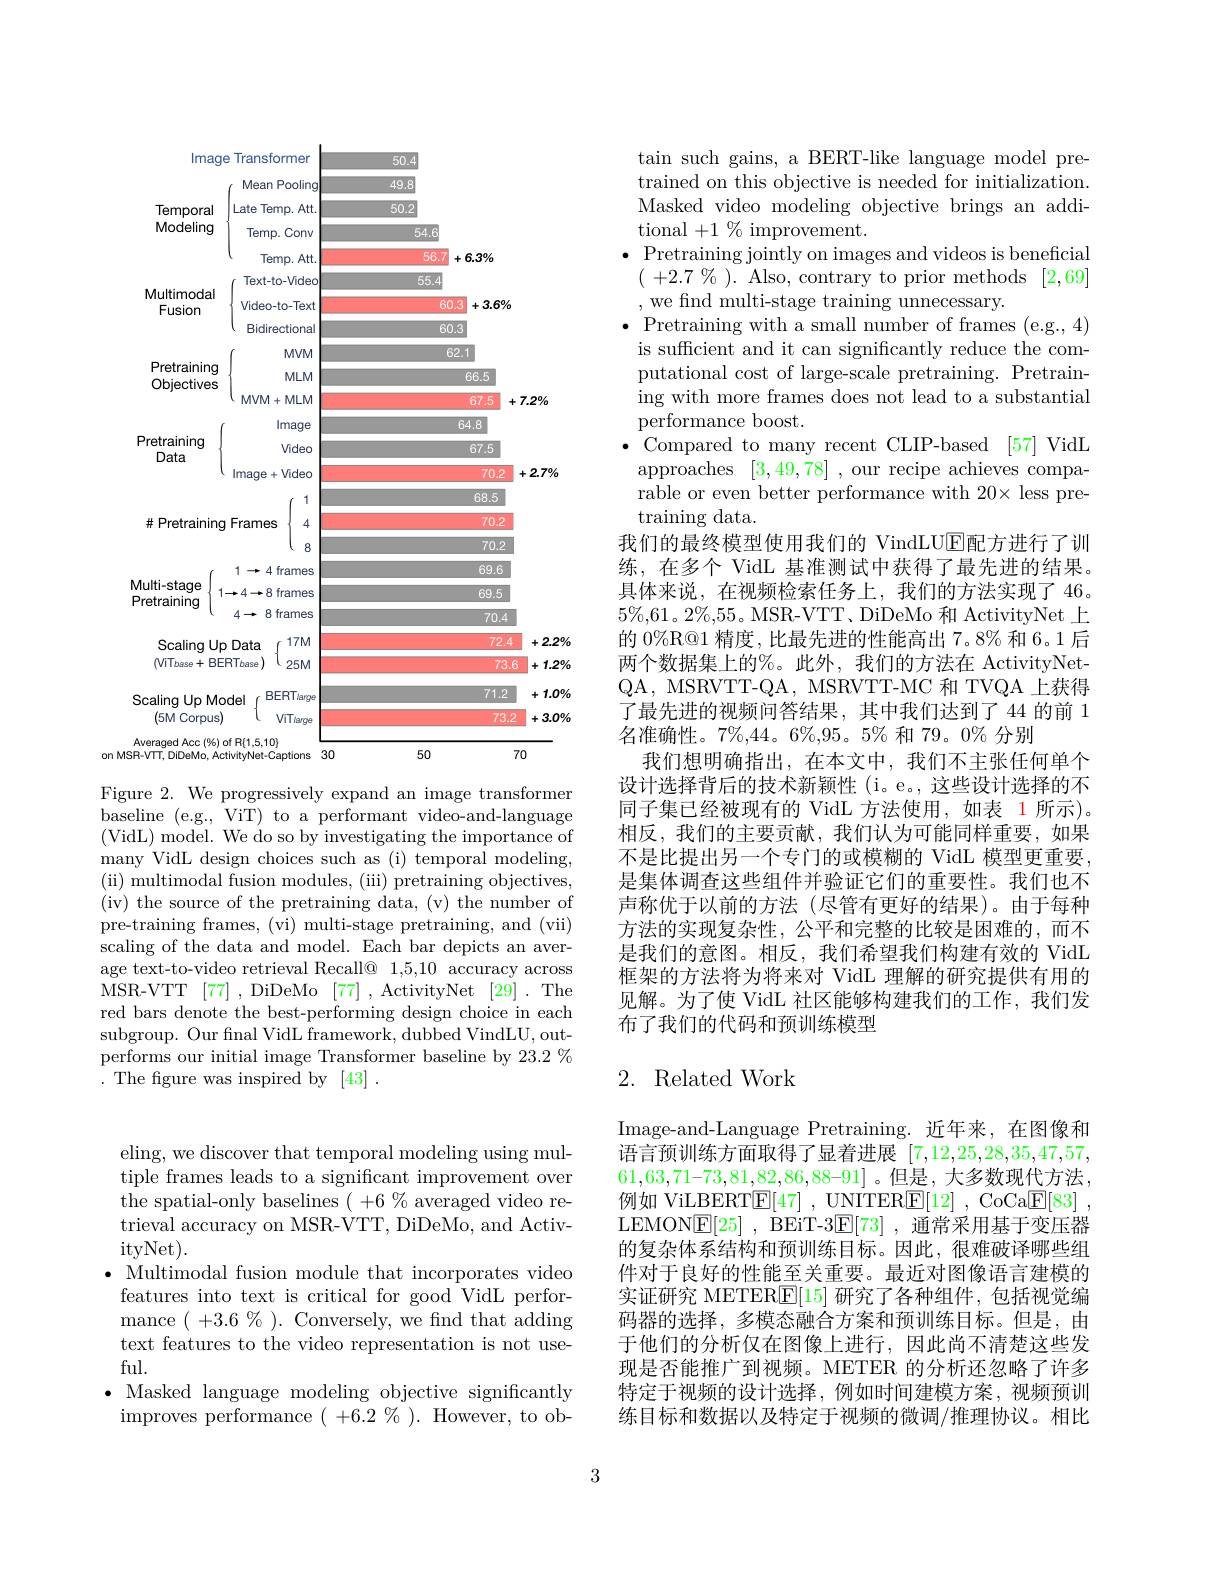
<table>
	<tbody>
		<tr>
			<th colspan="2">lmage e Transformer</th>
			<th>50.4</th>
			<th> </th>
			<th> </th>
		</tr>
		<tr>
			<td>lmag Temporal Modeling Multimodal Fusion</td>
			<td>ranstormer Mean Pooling Late Temp. Att Temp. Conv Temp. Att. Text-to-Video Video-to-Text</td>
			<td>50.4 49.8 50.2 54.6 56.7 55.4 60.</td>
			<td>$6.3\%$ $+3.6\%$</td>
			<td> </td>
		</tr>
		<tr>
			<th rowspan="2">lmag Temporal Modeling</th>
			<th>Mean Pooling</th>
			<th>49.8</th>
			<th> </th>
			<th> </th>
		</tr>
		<tr>
			<th rowspan="3">Temporal Modeling</th>
			<th>Late ${\mathrm{e~Temp.~Att.}}$</th>
			<th>50.2</th>
			<th> </th>
			<th> </th>
		</tr>
		<tr>
			<th>Temp. Conv</th>
			<th>54.6</th>
			<th> </th>
			<th> </th>
		</tr>
		<tr>
			<th>Temp. Att.</th>
			<th>56.7</th>
			<th>$6.3\%$</th>
			<th> </th>
		</tr>
		<tr>
			<th>Text-to-Video</th>
			<th>55.4</th>
			<th> </th>
			<th> </th>
		</tr>
		<tr>
			<td rowspan="2">Multimodal Fusion</td>
			<td>Video-to-Text</td>
			<td>60</td>
			<td>$3.6\%$ +</td>
			<td> </td>
		</tr>
		<tr>
			<td>Bidirectional</td>
			<td>60.</td>
			<td> </td>
			<td> </td>
		</tr>
		<tr>
			<td> </td>
			<td>$MVM$</td>
			<td>62</td>
			<td>1</td>
			<td> </td>
		</tr>
		<tr>
			<td rowspan="3">Pretraining Objectives</td>
			<td>$MLM$</td>
			<td> </td>
			<td>66.5</td>
			<td> </td>
		</tr>
		<tr>
			<td>MVM+MLM</td>
			<td> </td>
			<td>67.5 +</td>
			<td>$7.2\%$</td>
		</tr>
		<tr>
			<td>Image</td>
			<td> </td>
			<td>54.8</td>
			<td> </td>
		</tr>
		<tr>
			<td rowspan="3">Pretraining Data</td>
			<td>Video</td>
			<td> </td>
			<td>67.5</td>
			<td> </td>
		</tr>
		<tr>
			<td>$lmaqe+Video$</td>
			<td> </td>
			<td>70.2</td>
			<td>$2.7\%$ 十</td>
		</tr>
		<tr>
			<td>uyu rr</td>
			<td> </td>
			<td>W.L K T </td>
			<td>LII 1</td>
		</tr>
		<tr>
			<td> </td>
			<td> </td>
			<td> </td>
			<td>UU.V 7r</td>
			<td> </td>
		</tr>
		<tr>
			<td rowspan="2">$\#F$ Pretraining</td>
			<td>$|d|||b$</td>
			<td> </td>
			<td>W.L 7n2</td>
			<td> </td>
		</tr>
		<tr>
			<td> </td>
			<td> </td>
			<td>I V.L</td>
			<td> </td>
		</tr>
		<tr>
			<td rowspan="3">Multi-stage Pretraining</td>
			<td>TERITE</td>
			<td> </td>
			<td>VV.U</td>
			<td> </td>
		</tr>
		<tr>
			<td>TICHIT R frames</td>
			<td> </td>
			<td>09.0</td>
			<td> </td>
		</tr>
		<tr>
			<td>11alllo</td>
			<td> </td>
			<td>70.4</td>
			<td> </td>
		</tr>
		<tr>
			<td>Scaling $UF$</td>
			<td>Data</td>
			<td> </td>
			<td>72.4</td>
			<td>+22</td>
		</tr>
		<tr>
			<td>$\mathrm{MT}_{base}+$ BE</td>
			<td>RTbase $25M$</td>
			<td> </td>
			<td>73.6</td>
			<td>1.2 十</td>
		</tr>
		<tr>
			<td>Scaling $Up$ $Mo$ 1 $(5M$ Corpus</td>
			<td>BERTlarge rdel ViTlarge</td>
			<td> </td>
			<td>71.2 73.2</td>
			<td>1.0 十 3.0 +.</td>
		</tr>
		<tr>
			<td>$(5M$ |Corpus </td>
			<td>ViTlarge</td>
			<td> </td>
			<td>73.2</td>
			<td>$+3.C$</td>
		</tr>
	</tbody>
</table>
on

Figure 2. We progressively expand an image transformer baseline ( $e. g. $, ViT) to a performant video-and-language (VidL) model. We do so by investigating the importance of many VidL design choices such as (i) temporal modeling, (ii) multimodal fusion modules, (iii) pretraining objectives, (iv) the source of the pretraining data, (v) the number of pre-training frames, (vi) multi-stage pretraining, and (vii) scaling of the data and model. Each bar depicts an average text-to-video retrieval Recall@ 1,5,10 accuracy across MSR-VTT [77] ,DiDeMo [77] ,ActivityNet [29] .The red bars denote the best-performing design choice in each subgroup. Our fnal VidL framework, dubbed VindLU, outperforms our initial image Transformer baseline by 23.2 % .The figure was inspired by[43].

tain such gains, a BERT-like language model pretrained on this objective is needed for initialization. Masked video modeling objective brings an additional $+1\%$ improvement.
$\bullet$ Pretraining jointly on images and videos is beneficial $(~+2.7~\%~).~$Also, contrary to prior methods$~[2,69]$ , we find multi-stage training unnecessary.
$\bullet$ Pretraining with a small number of frames (e.g., 4) is sufficient and it can significantly reduce the computational cost of large-scale pretraining. Pretraining with more frames does not lead to a substantial performance boost.
$\bullet$ Compared to many recent CLIP-based [57]VidL approaches [3,49,78] ,our recipe achieves comparable or even better performance with 20× less pretraining data.
我们的最终模型使用我们的 VindLUE配方进行了训练，在多个 VidL 基准测试中获得了最先进的结果。具体来说，在视频检索任务上，我们的方法实现了 46。$5\%,61。2\%,55$。MSR-VTT、DiDeMo 和 ActivityNet 上的 0%R@1 精度，比最先进的性能高出 7。8% 和 6。1 后两个数据集上的%。此外，我们的方法在 ActivityNetQA, MSRVTT-QA, MSRVTT-MC 和 TVQA 上获得了最先进的视频问答结果，其中我们达到了 44 的前 1名准确性。7%,44。6%,95。5% 和 79。0% 分别
我们想明确指出，在本文中，我们不主张任何单个设计选择背后的技术新颖性(i。e。,这些设计选择的不同子集已经被现有的 VidL 方法使用，如表 1 所示)。相反，我们的主要贡献，我们认为可能同样重要，如果不是比提出另一个专门的或模糊的 VidL 模型更重要， 是集体调查这些组件并验证它们的重要性。我们也不声称优于以前的方法(尽管有更好的结果)。由于每种方法的实现复杂性，公平和完整的比较是困难的，而不是我们的意图。相反，我们希望我们构建有效的 VidL 框架的方法将为将来对 VidL 理解的研究提供有用的见解。为了使 VidL 社区能够构建我们的工作，我们发布了我们的代码和预训练模型

## 2. Related Work

Image-and-Language Pretraining.近年来，在图像和语言预训练方面取得了显着进展[7,12,25,28,35,47,57, $61,63,71–73,81,82,86,88–91]$。但是，大多数现代方法， 例如 ViLBERT$\mathbb{E} [ 47]$ , UNITER$\mathbb{E} [ 12]$ , CoCa$\mathbb{E} [ 83]$ , LEMON$\boxed{\mathrm{F} }[ 25]$ , BEiT-3$\boxed{\mathrm{F} }[ 73]$ ,通常采用基于变压器的复杂体系结构和预训练目标。因此，很难破译哪些组件对于良好的性能至关重要。最近对图像语言建模的实证研究 METER$\boxed{\mathrm{E}}[15]$研究了各种组件，包括视觉编码器的选择，多模态融合方案和预训练目标。但是，由于他们的分析仅在图像上进行，因此尚不清楚这些发现是否能推广到视频。METER 的分析还忽略了许多特定于视频的设计选择，例如时间建模方案，视频预训练目标和数据以及特定于视频的微调/推理协议。相比

eling, we discover that temporal modeling using multiple frames leads to a significant improvement over the spatial-only baselines $(+6\%$ averaged video retrieval accuracy on MSR-VTT, DiDeMo, and ActivityNet).
$\bullet$ Multimodal fusion module that incorporates video features into text is critical for good VidL performance ( +3.6 % ). Conversely, we find that adding text features to the video representation is not useful.
$\bullet$ Masked language modeling objective significantly improves performance ( +6.2 % ). However, to ob-

3